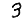
Digit: 3